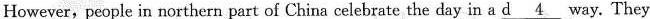
However, people in northern part of China celebrate the day in a \underline{d4} way. They